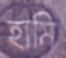
হামি